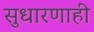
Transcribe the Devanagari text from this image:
सुधारणाही